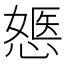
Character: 𢟇